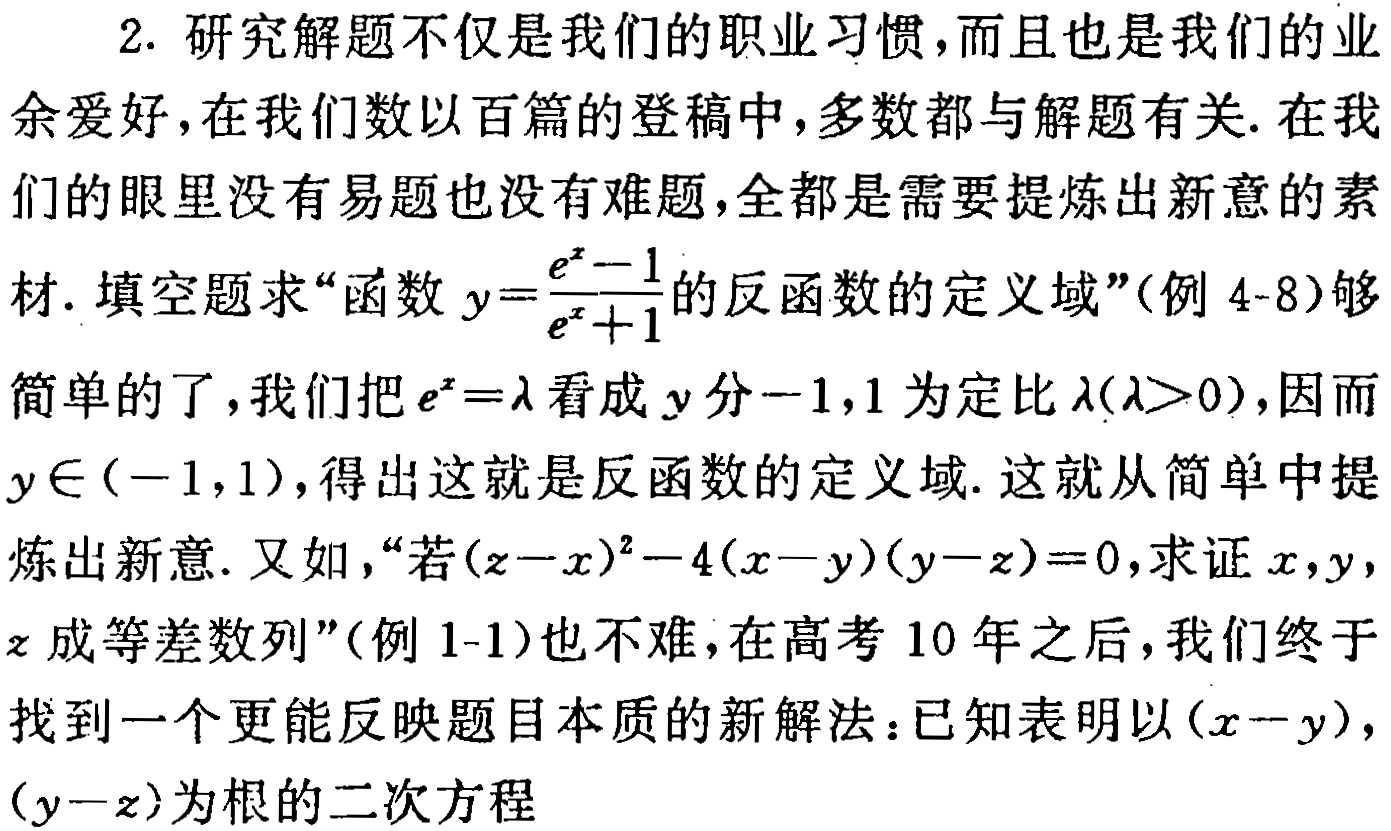
2. 研究解题不仅是我们的职业习惯,而且也是我们的业余爱好,在我们数以百篇的登稿中,多数都与解题有关. 在我们的眼里没有易题也没有难题,全都是需要提炼出新意的素材. 填空题求“函数\(y = \frac{e^{x}-1}{e^{x}+1}\)的反函数的定义域”(例 4 - 8)够简单的了,我们把\(e^{x}=\lambda\)看成\(y\)分\(-1,1\)为定比\(\lambda(\lambda>0)\),因而\(y\in(-1,1)\),得出这就是反函数的定义域. 这就从简单中提炼出新意. 又如,“若\((z - x)^{2}-4(x - y)(y - z)=0\),求证\(x,y,z\)成等差数列”(例 1 - 1)也不难,在高考 10 年之后,我们终于找到一个更能反映题目本质的新解法：已知表明以\((x - y)\),\((y - z)\)为根的二次方程